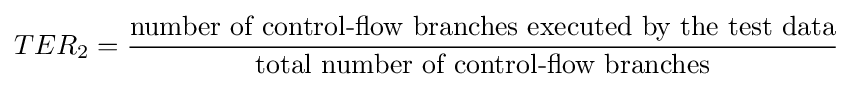
TER_{\text{2}}={\frac {\text{number of control-flow branches executed by the test data}}{\text{total number of control-flow branches}}}